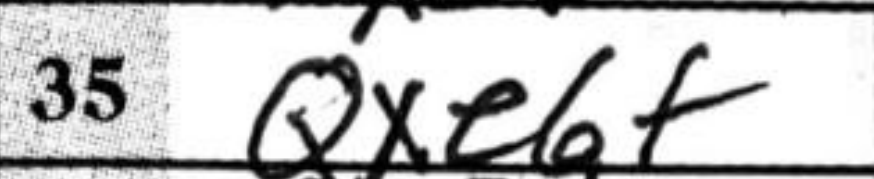
Transcription: Qxe6+